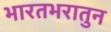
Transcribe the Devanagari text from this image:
भारतभरातुन